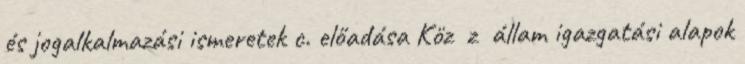
és jogalkalmazási ismeretek c. előadása Köz z állam igazgatási alapok